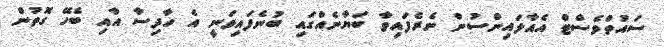
ސައުތްވެސްޓް އެއާލައިންސުން ނެރެފައިވާ ބަޔާނެއްގައި ބުނެފައިވަނީ އެ ހާދިސާ އާއި ބެހޭ ގޮތުން